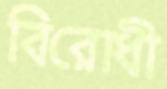
বিরোধী